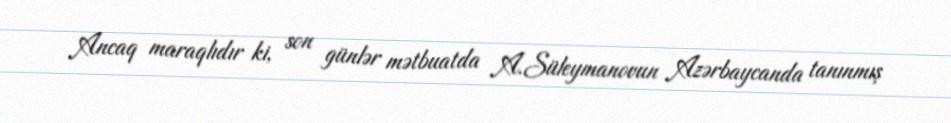
Ancaq maraqlıdır ki, son günlər mətbuatda A.Süleymanovun Azərbaycanda tanınmış